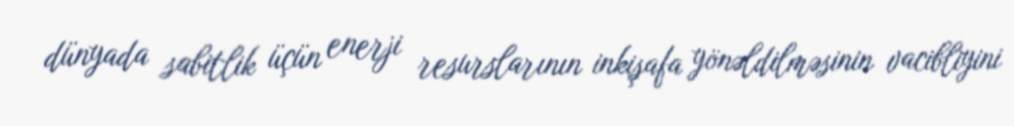
dünyada sabitlik üçün enerji resurslarının inkişafa yönəldilməsinin vacibliyini